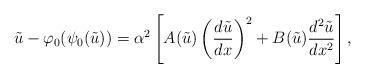
LaTeX: \begin{align*} \tilde{u} - \varphi_{0}(\psi_{0}(\tilde{u})) = \alpha^{2}\left[ A(\tilde{u})\left( \frac{d\tilde{u}}{dx} \right)^{2} + B(\tilde{u})\frac{d^{2}\tilde{u}}{dx^{2}} \right], \end{align*}